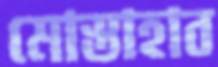
মোস্তাহাব